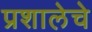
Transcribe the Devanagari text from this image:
प्रशालेचे